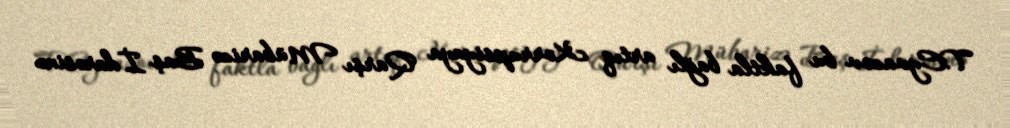
T.Eyvazov bu faktla bağlı artıq Korrupsiyaya Qarşı Mübarizə Baş İdarəsinə